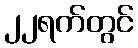
၂၂ရက်တွင်